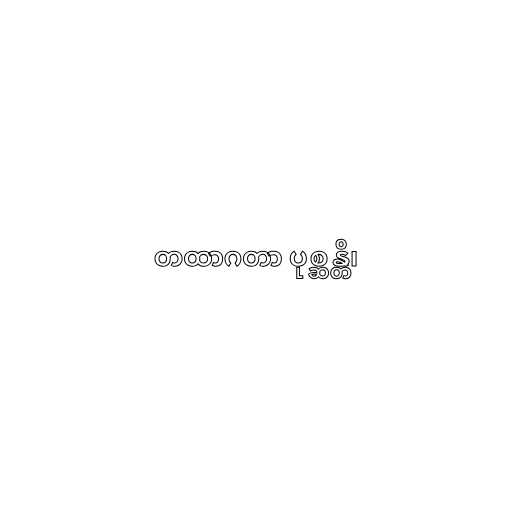
တထာဂတာ ပုစ္ဆန္တိ၊